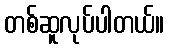
တစ်ဆူလုပ်ပါတယ်။